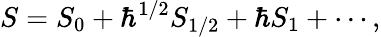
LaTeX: S=S_{0}+\hbar^{1/2}S_{1/2}+\hbar S_{1}+\cdots,